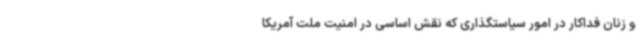
و زنان فداکار در امور سیاستگذاری که نقش اساسی در امنیت ملت آمریکا